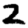
Digit: 2